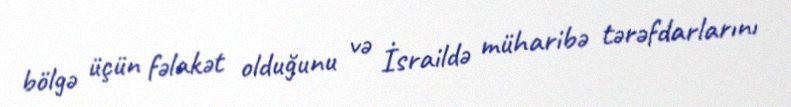
bölgə üçün fəlakət olduğunu və İsraildə müharibə tərəfdarlarını